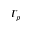
T _ { p }